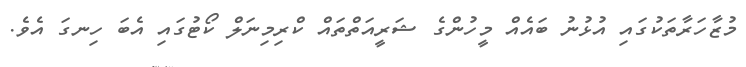
މުޒާހަރާތަކުގައި އުޅުނު ބައެއް މީހުންގެ ޝަރީއަތްތައް ކްރިމިނަލް ކޯޓުގައި އެބަ ހިނގަ އެވެ.